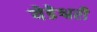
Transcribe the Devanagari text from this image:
येडेश्वरी